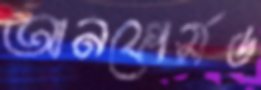
আনফোর্সড